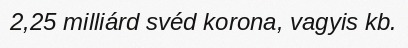
2,25 milliárd svéd korona, vagyis kb.